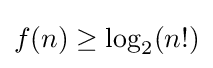
f(n)\geq \log _{2}(n!)